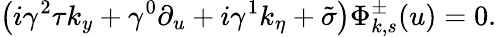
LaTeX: \left(i\gamma^{2}\tau k_{y}+\gamma^{0}\partial_{u}+i\gamma^{1}k_{\eta}+\tilde{\sigma}\right)\Phi_{k,s}^{\pm}(u)=0.